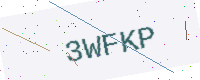
Text: 3WFKP